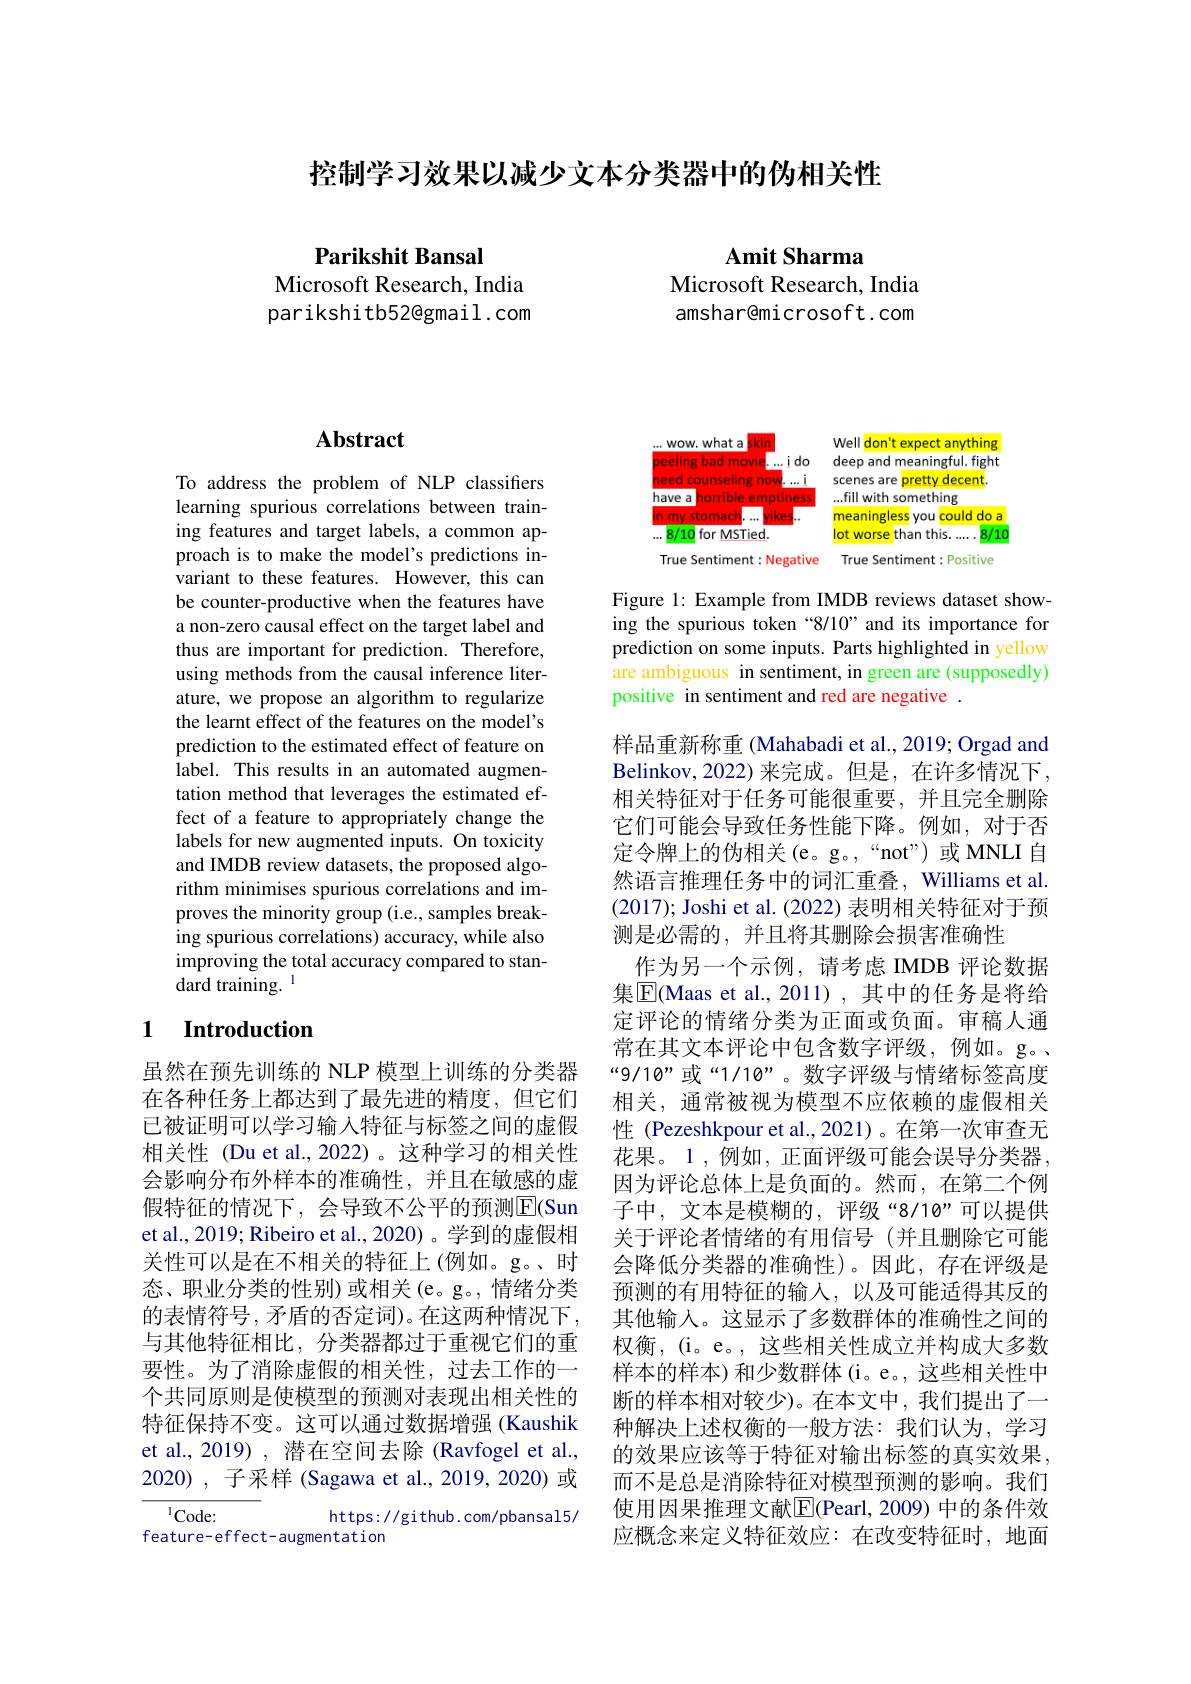
控制学习效果以减少文本分类器中的伪相关性

Amit Sharma
Microsoft Research, India amshar@microsoft.com

Parikshit Bansal
Microsoft Research, India parikshitb52@gmail.com

## $\mathbf{Abstract}$

To address the problem of NLP classifers learning spurious correlations between training features and target labels, a common approach is to make the model's predictions invariant to these features. However, this can be counter-productive when the features have a non-zero causal effect on the target label and thus are important for prediction. Therefore, using methods from the causal inference literature, we propose an algorithm to regularize the learnt effect of the features on the model's prediction to the estimated effect of feature on label. This results in an automated augmen- tation method that leverages the estimated effect of a feature to appropriately change the labels for new augmented inputs. On toxicity and IMDB review datasets, the proposed algorithm minimises spurious correlations and improves the minority group (i.e., samples breaking spurious correlations) accuracy, while also improving the total accuracy compared to stan- ${\mathrm{dard~training}}.$

## 1 $\textbf{Introduction}$

虽然在预先训练的 NLP 模型上训练的分类器在各种任务上都达到了最先进的精度，但它们已被证明可以学习输入特征与标签之间的虚假相关性 (Du et al.,2022)。这种学习的相关性会影响分布外样本的准确性，并且在敏感的虚假特征的情况下，会导致不公平的预测$\overline{\mathrm{E}}($Sun et al., 2019; Ribeiro et al., 2020) 。学到的虚假相关性可以是在不相关的特征上(例如。g。、时态、职业分类的性别)或相关(e。g。,情绪分类的表情符号，矛盾的否定词)。在这两种情况下， 与其他特征相比，分类器都过于重视它们的重要性。为了消除虚假的相关性，过去工作的一个共同原则是使模型的预测对表现出相关性的特征保持不变。这可以通过数据增强 (Kaushik et al., 2019) , 潜在空间去除 (Ravfogel et al., 2020), 子采样 (Sagawa et al.,2019,2020)或
$^{1}$Code:
https: / / gi thub. com/ pbansal5/

feature-effect-augmentation

<FigureHere>

Figure 1: Example from IMDB reviews dataset showing the spurious token “8/10” and its importance for prediction on some inputs. Parts highlighted in yellow are ambiguous in sentiment, in green are (supposedly) positive in sentiment and red are negative .

样品重新称重 (Mahabadi et al., 2019; Orgad and Belinkov,2022)来完成。但是，在许多情况下， 相关特征对于任务可能很重要，并且完全删除它们可能会导致任务性能下降。例如，对于否定令牌上的伪相关(e。g。,“not”)或 MNLI 自然语言推理任务中的词汇重叠，Williams et al. (2017); Joshi et al. (2022) 表明相关特征对于预测是必需的，并且将其删除会损害准确性
作为另一个示例，请考虑 IMDB 评论数据集$\boxed{\mathrm{F}}($Maas et al.,2011), 其中的任务是将给定评论的情绪分类为正面或负面。审稿人通常在其文本评论中包含数字评级，例如。g。、 “9/10”或“1/10”。数字评级与情绪标签高度相关，通常被视为模型不应依赖的虚假相关性 (Pezeshkpour et al.,2021)。在第一次审查无花果。1,例如，正面评级可能会误导分类器， 因为评论总体上是负面的。然而，在第二个例子中，文本是模糊的，评级“8/10”可以提供关于评论者情绪的有用信号(并且删除它可能会降低分类器的准确性)。因此，存在评级是预测的有用特征的输入，以及可能适得其反的其他输入。这显示了多数群体的准确性之间的权衡，(i。e。,这些相关性成立并构成大多数样本的样本) 和少数群体(i。e。, 这些相关性中断的样本相对较少)。在本文中，我们提出了一种解决上述权衡的一般方法：我们认为，学习的效果应该等于特征对输出标签的真实效果而不是总是消除特征对模型预测的影响。我们使用因果推理文献$\boxed{\mathrm{E}}($Pearl, 2009) 中的条件效应概念来定义特征效应：在改变特征时，地面